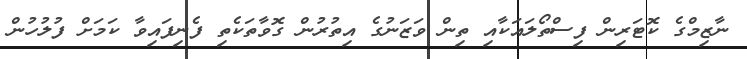
ނާޒިމްގެ ކޮޓަރިން ފިސްތޯލައަކާއި ތިން ވަޒަނުގެ އިތުރުން ގޮވާތަކެތި ފެނިފައިވާ ކަމަށް ފުލުހުން